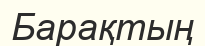
Барақтың